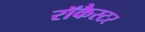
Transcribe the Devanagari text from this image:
रॉकैस्टर